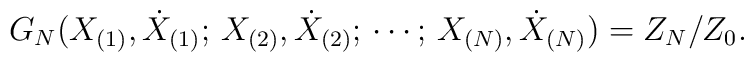
G_N (X_{(1)},\dot{X}_{(1)}; \, X_{(2)},\dot{X}_{(2)}; \, \cdots; \,X_{(N)}, \dot{X}_{(N)})  = Z_N/Z_0.